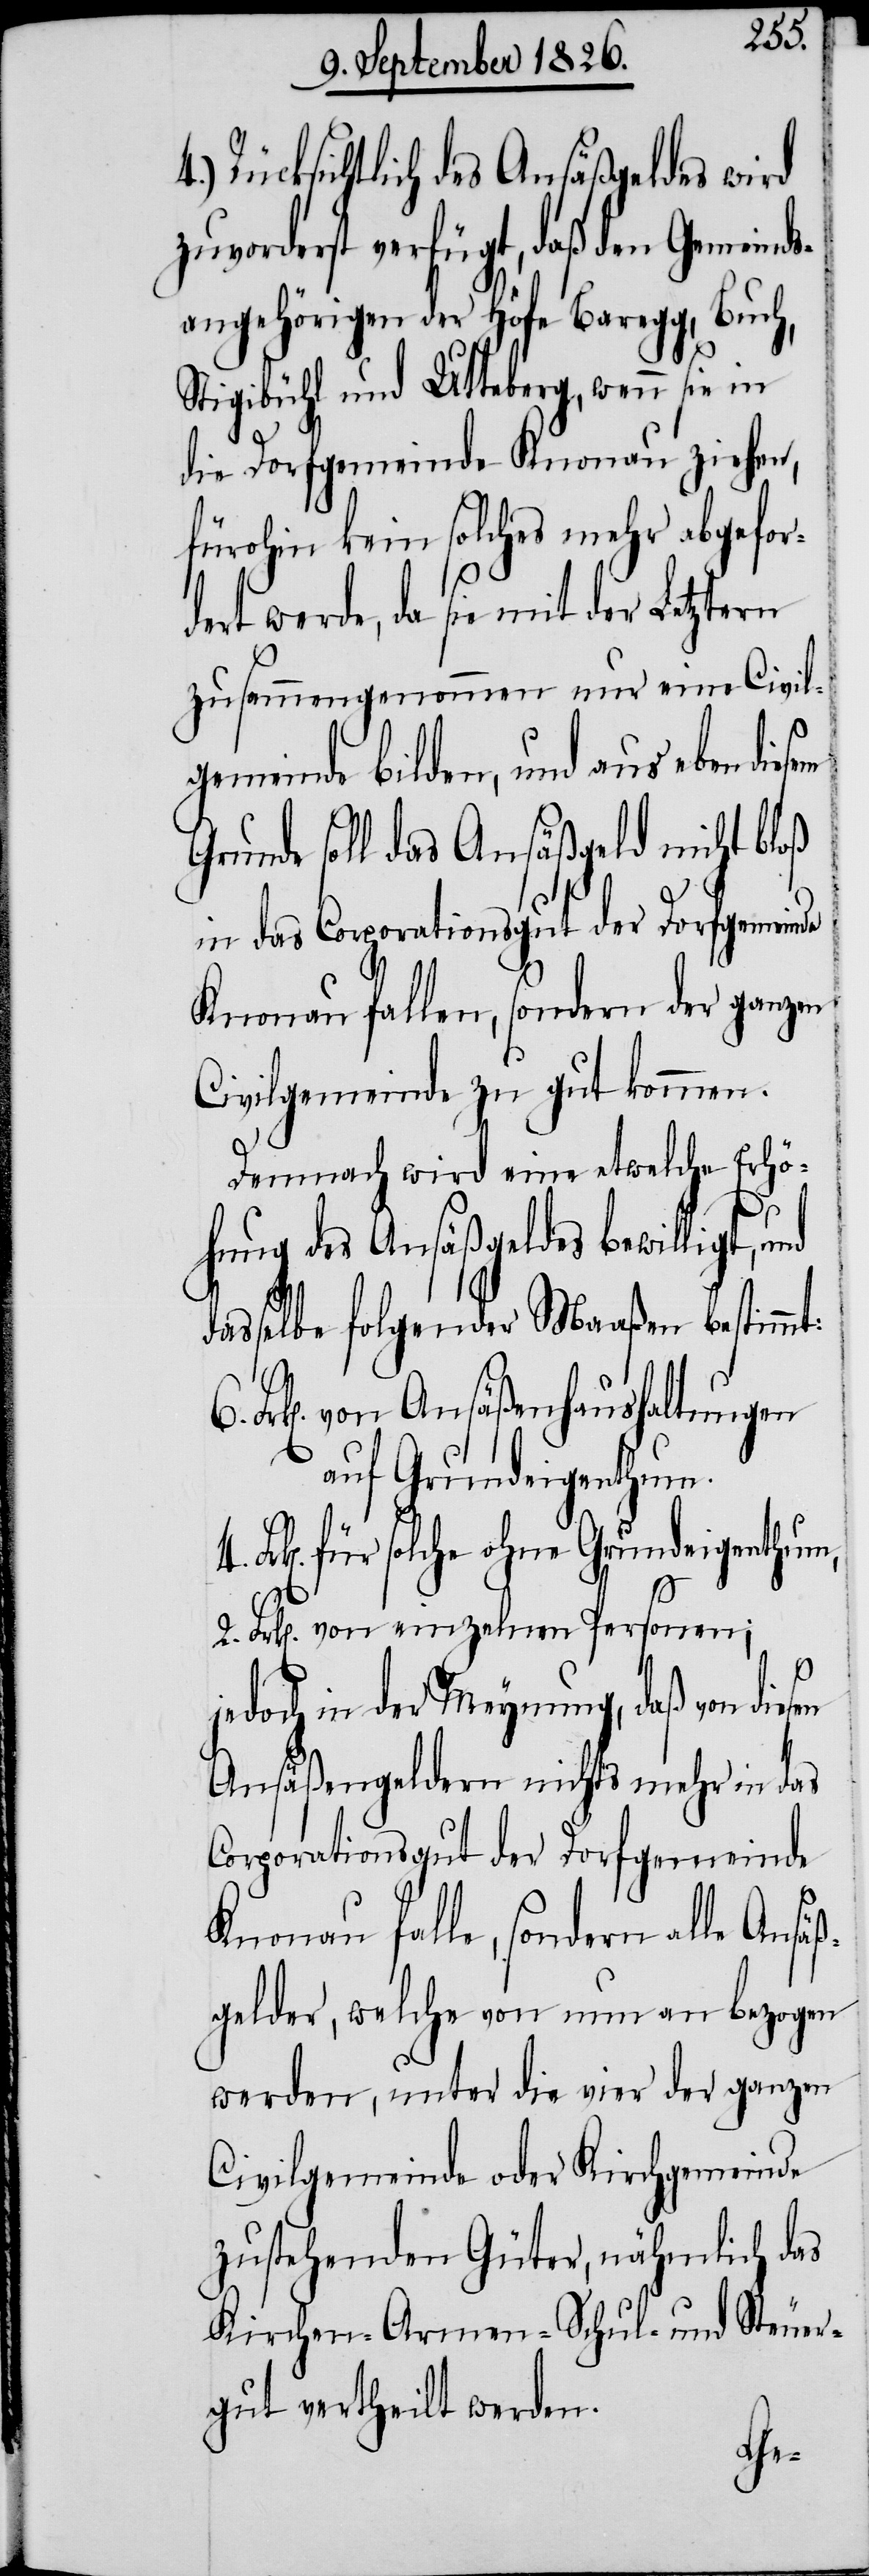
Rücksichtlich des Ansäßgeldes wird
zuvorderst verfügt, daß den Gemeind¬
sangehörigen der Höfe Baregg, Buch,
Stigibühl und Utteberg, wenn sie in
die Dorfgemeinde Knonau ziehen,
fürohin kein solches mehr abgefor¬
dert werde, da sie mit der Letztern
zusammengenommen nur eine Civil¬
gemeinde bilden, und aus eben diesem
Grunde soll das Ansäßgeld nicht bloß
in das Corporationsgut der Dorfgemeinde
Knonau fallen, sondern der ganzen
Civilgemeinde zu gut kommen.
Demnach wird eine etwelche Erhö¬
2.
hung des Ansäßgeldes bewilligt,
dasselbe folgender Maaßen bestimmt:
k[en]. von Ansäßenhaushaltungen
auf Grundeigenthum.
k[en]. für solche ohne Grundeigenthum,
Frk[en]. von einzelnen Personen;
jedoch in der Meynung, daß von diesen
Ansäßgeldern nichts mehr in das
Corporationsgut der Dorfgemeinde
Knonau falle, sondern alle Ansäß¬
gelder, welche von nun an abgezogen
werden, unter die vier der ganzen
Civilgemeinde oder Kirchgemeinde
zustehenden Güter, nähmlich das
Kirchen-[,] Armen-[,] Schul- und Steuer¬
gut vertheilt werden.
Fr¬